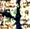
كلا